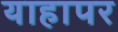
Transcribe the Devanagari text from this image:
याहापर